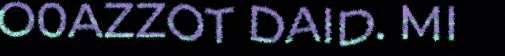
O0AZZOT DAID. MI